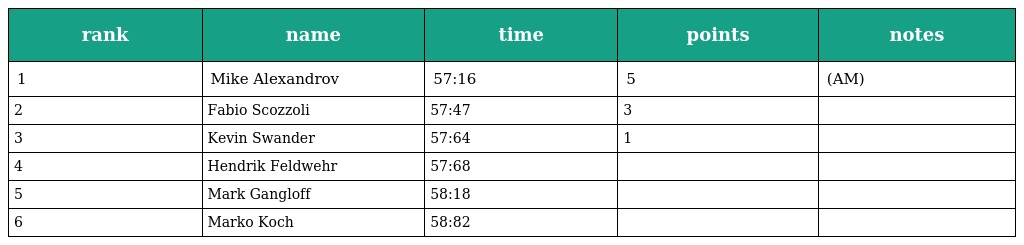
| rank | name | time | points | notes |
 | --- | --- | --- | --- | --- |
 | 1 | Mike Alexandrov | 57:16 | 5 | (AM) |
 | 2 | Fabio Scozzoli | 57:47 | 3 |  |
 | 3 | Kevin Swander | 57:64 | 1 |  |
 | 4 | Hendrik Feldwehr | 57:68 |  |  |
 | 5 | Mark Gangloff | 58:18 |  |  |
 | 6 | Marko Koch | 58:82 |  |  |